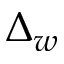
\Delta _ { w }